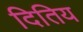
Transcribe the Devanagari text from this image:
दितिय